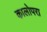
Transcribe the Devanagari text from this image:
कालोपरा